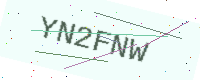
Text: YN2FNW